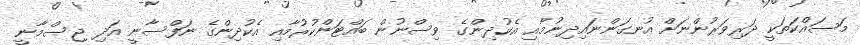
މަސައްކަތަކީ ދަރިވަރުންނަށް އުނގަންނައިދިނުމާއި އެކުދިންގެ ވިސްނުން ބައްޓަންކުރުމާއި އެކުދިންގެ ނަފްސާނީ އަދި ޖިސްމާނީ